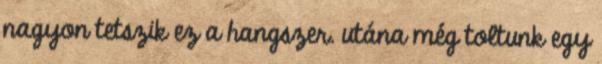
nagyon tetszik ez a hangszer. utána még toltunk egy